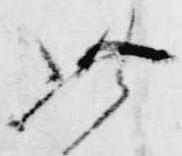
此